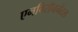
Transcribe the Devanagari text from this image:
एनविरॉनमेंटल